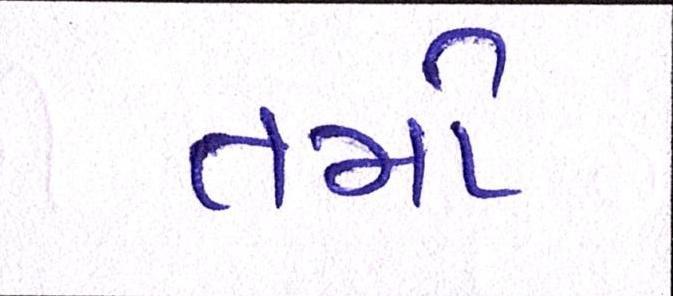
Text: તમો